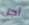
أجل